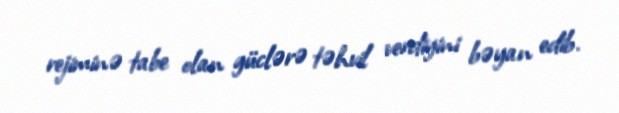
rejiminə tabe olan güclərə təhvil verdiyini bəyan edib.